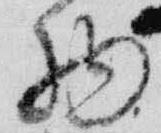
物